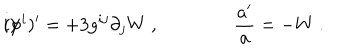
i ) \hspace { 2 c m } ( \phi ^ { i } ) ^ { \prime } = + 3 g ^ { i j } \partial _ { j } W \ , \qquad \qquad { \frac { a ^ { \prime } } { a } } = - W \ .